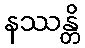
နဿန္တိ